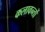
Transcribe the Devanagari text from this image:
कलावन्तों